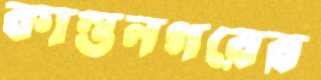
কান্তনগরের